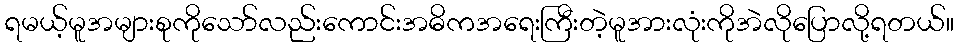
ရမယ့်မူအများစုကိုသော်လည်းကောင်းအဓိကအရေးကြီးတဲ့မူအားလုံးကိုအဲလိုပြောလို့ရတယ်။